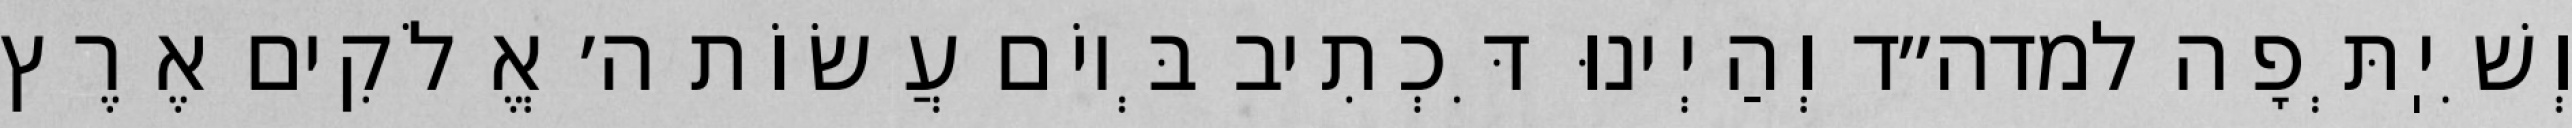
וְשִׁיֽתְּפָה למדה״ד וְהַיְינוּ דִּכְתִיב בְּיוֹם עֲשׂוֹת ה׳ אֱלֹקִים אֶרֶץ